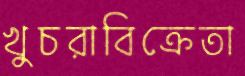
খুচরাবিক্রেতা